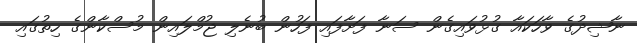
ނާޝިދުގެ ވާހަކައާ ގުޅުވައިގެން ސަނާ ފަށާފައި ފަހުން ބުނެލި ޖުމްލައިން މުސްކާންގެ ހިތުގައި